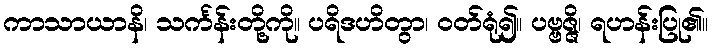
ကာသာယာနိ၊ သင်္ကန်းတို့ကို။ ပရိဒဟိတွာ၊ ဝတ်ရုံ၍။ ပဗ္ဗဇ္ဇိ၊ ရဟန်းပြု၏။